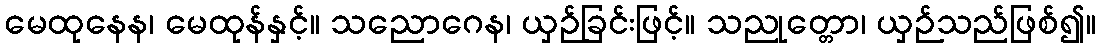
မေထုနေန၊ မေထုန်နှင့်။ သညောဂေန၊ ယှဉ်ခြင်းဖြင့်။ သညုတ္တော၊ ယှဉ်သည်ဖြစ်၍။